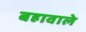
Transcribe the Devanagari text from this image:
बहावाले